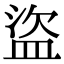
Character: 盜